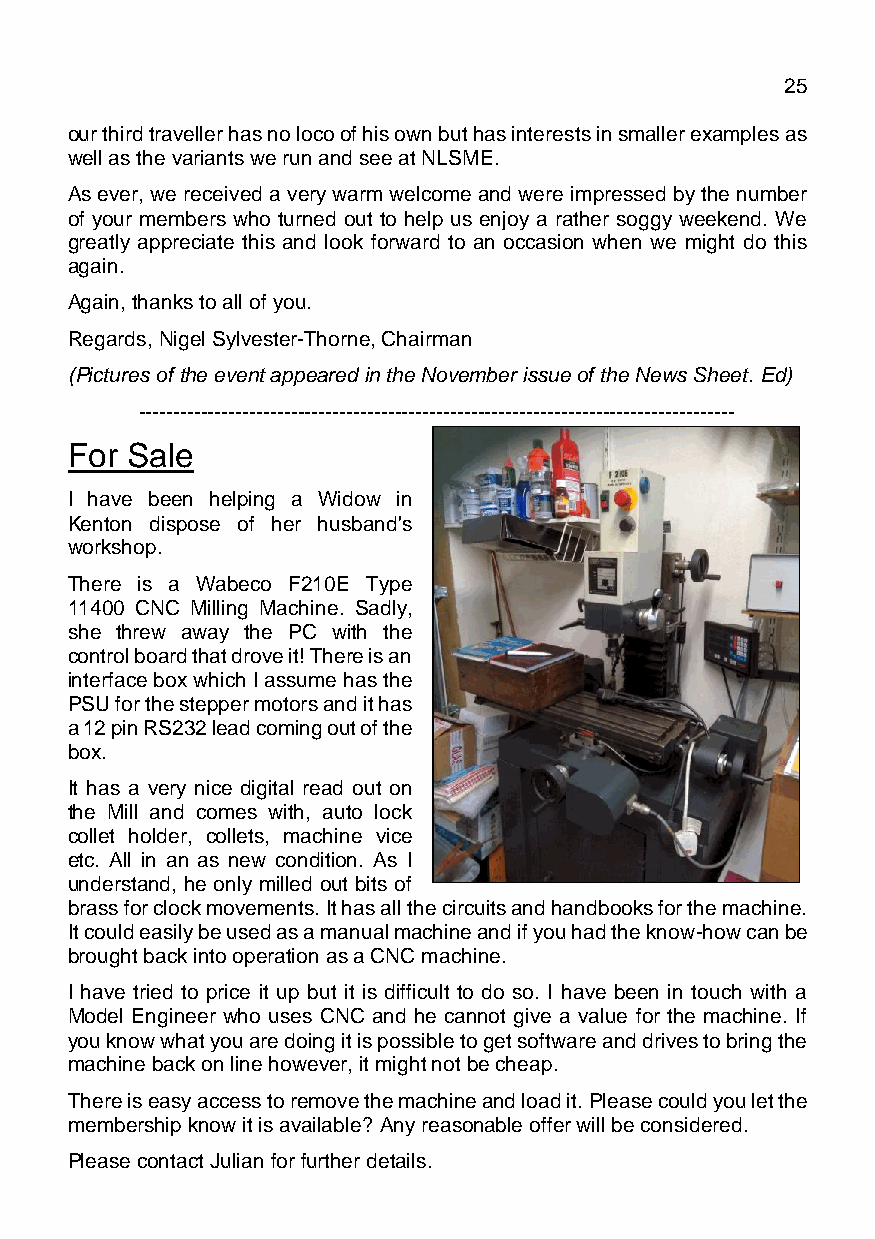
March 2021                                  Page 25
 our third traveller has no loco of his own but has interests in smaller examples as
 well as the variants we run and see at NLSME.
 As ever, we received a very warm welcome and were impressed by the number
 of your members who turned out to help us enjoy a rather soggy weekend. We
 greatly appreciate this and look forward to an occasion when we might do this
 again.
 Again, thanks to all of you.
 Regards, Nigel Sylvester-Thorne, Chairman
 (Pictures of the event appeared in the November issue of the News Sheet. Ed)
 --------------------------------------------------------------------------------------
 For Sale
 I have been helping a Widow in
 Kenton dispose of her husband's
 workshop.
 There is a Wabeco F210E Type
 11400 CNC Milling Machine. Sadly,
 she threw away the PC with the
 control board that drove it! There is an
 interface box which I assume has the
 PSU for the stepper motors and it has
 a 12 pin RS232 lead coming out of the
 box.
 It has a very nice digital read out on
 the Mill and comes with, auto lock
 collet holder, collets, machine vice
 etc. All in an as new condition. As I
 understand, he only milled out bits of
 brass for clock movements. It has all the circuits and handbooks for the machine.
 It could easily be used as a manual machine and if you had the know-how can be
 brought back into operation as a CNC machine.
 I have tried to price it up but it is difficult to do so. I have been in touch with a
 Model Engineer who uses CNC and he cannot give a value for the machine. If
 you know what you are doing it is possible to get software and drives to bring the
 machine back on line however, it might not be cheap.
 There is easy access to remove the machine and load it. Please could you let the
 membership know it is available? Any reasonable offer will be considered.
 Please contact Julian for further details.